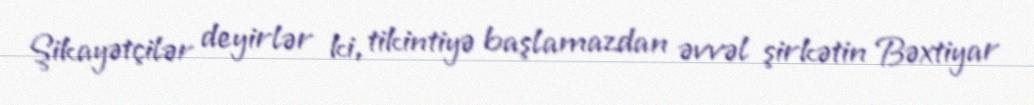
Şikayətçilər deyirlər ki, tikintiyə başlamazdan əvvəl şirkətin Bəxtiyar